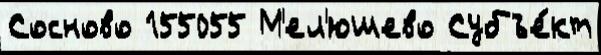
Сосново 155055 М'ел'юшево Субъе́кт